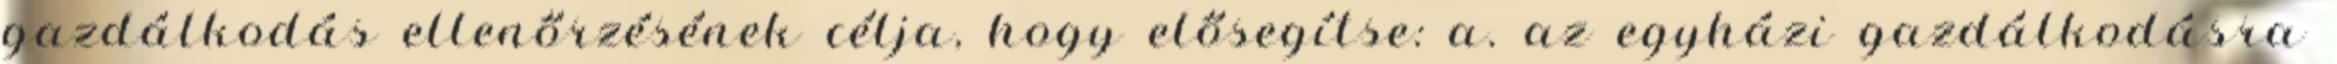
gazdálkodás ellenőrzésének célja, hogy elősegítse: a. az egyházi gazdálkodásra